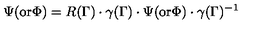
\Psi ( \mathrm { o r } \Phi ) = R ( \Gamma ) \cdot \gamma ( \Gamma ) \cdot \Psi ( \mathrm { o r } \Phi ) \cdot \gamma ( \Gamma ) ^ { - 1 }